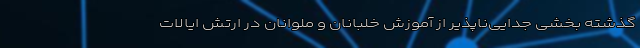
گذشته بخشی جدایی‌ناپذیر از آموزش خلبانان و ملوانان در ارتش ایالات